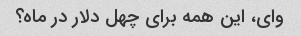
وای، این همه برای چهل دلار در ماه؟